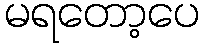
မရတော့ပေ